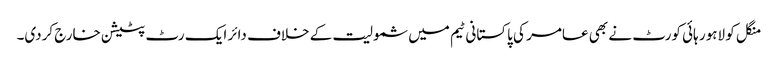
منگل کو لاہور ہائی کورٹ نے بھی عامر کی پاکستانی ٹیم میں شمولیت کے خلاف دائر ایک رٹ پٹیشن خارج کردی۔